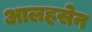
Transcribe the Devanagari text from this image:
आलहसेन